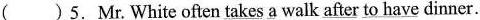
( ) 5. Mr. White often \underline{takes a} walk \underline{after to have }dinner.